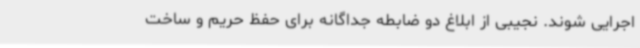
اجرایی شوند. نجیبی از ابلاغ دو ضابطه جداگانه برای حفظ حریم و ساخت